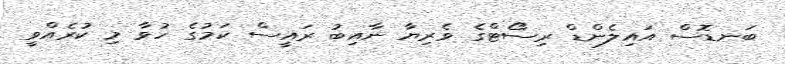
ބަނޑޮސް އައިލެންޑް ރިސޯޓްގެ ވެރިޔާ ނާއިބު ރައީސް ކަމުގެ ހުވާ މި ކުރެއްވީ